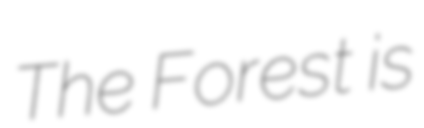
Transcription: The Forest is